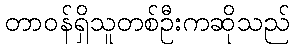
တာဝန်ရှိသူတစ်ဦးကဆိုသည်